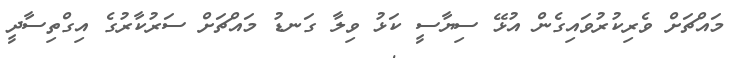
މައްޗަށް ވެރިކުރުވައިގެން އުޅޭ ސިޔާސީ ކަޅު ވިލާ ގަނޑު މައްޗަށް ސަރުކާރުގެ އިގްތިސާދީ